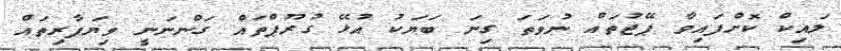
ލައިކް ކޮށްފައިވާ ޕޭޖުތައް ނުވަތަ ގިނަ ބަޔަކު އުޅޭ ގުރޫޕްތައް ގަންނަނީ ވިޔަފާރިތައް